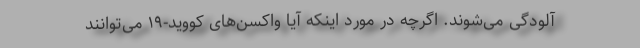
آلودگی می‌شوند. اگرچه در مورد اینکه آیا واکسن‌های کووید-۱۹ می‌توانند